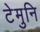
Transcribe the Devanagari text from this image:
टेमुनि